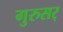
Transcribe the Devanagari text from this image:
गुरुसर्